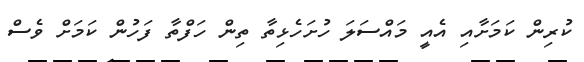
ކުރިން ކަމަށާއި އެއީ މައްސަލަ ހުށަހެޅިތާ ތިން ހަފްތާ ފަހުން ކަމަށް ވެސް